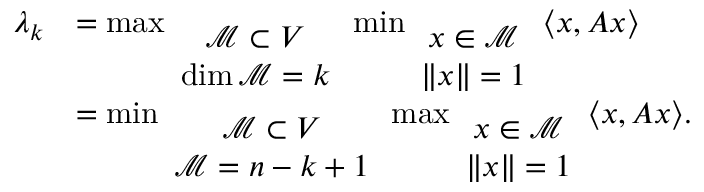
{ \begin{array} { r l } { \lambda _ { k } } & { = \operatorname* { m a x } _ { \begin{array} { c } { { \mathcal { M } } \subset V } \\ { \dim { \mathcal { M } } = k } \end{array} } \operatorname* { m i n } _ { \begin{array} { c } { x \in { \mathcal { M } } } \\ { \| x \| = 1 } \end{array} } \langle x , A x \rangle } \\ & { = \operatorname* { m i n } _ { \begin{array} { c } { { \mathcal { M } } \subset V } \\ { { \mathcal { M } } = n - k + 1 } \end{array} } \operatorname* { m a x } _ { \begin{array} { c } { x \in { \mathcal { M } } } \\ { \| x \| = 1 } \end{array} } \langle x , A x \rangle { \mathrm { . ~ } } } \end{array} }